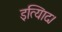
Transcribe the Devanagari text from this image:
इत्यािद।